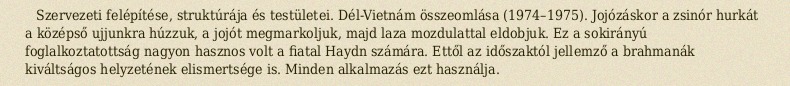
Szervezeti felépítése, struktúrája és testületei. Dél-Vietnám összeomlása (1974–1975). Jojózáskor a zsinór hurkát a középső ujjunkra húzzuk, a jojót megmarkoljuk, majd laza mozdulattal eldobjuk. Ez a sokirányú foglalkoztatottság nagyon hasznos volt a fiatal Haydn számára. Ettől az időszaktól jellemző a brahmanák kiváltságos helyzetének elismertsége is. Minden alkalmazás ezt használja.